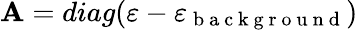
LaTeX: \mathbf{A}=diag(\mathbf{{\varepsilon}}-\varepsilon_{\mathrm{{~b~a~c~k~g~r~o~u~n~d~}}})